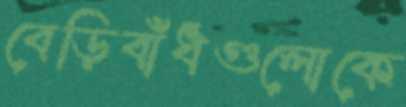
বেড়িবাঁধগুলোকে